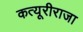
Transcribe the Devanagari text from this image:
कत्यूरीराजा